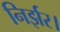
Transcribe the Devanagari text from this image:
निर्झर।